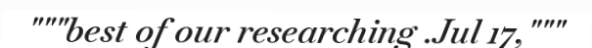
"""best of our researching .Jul 17,"""